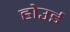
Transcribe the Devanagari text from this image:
होउई